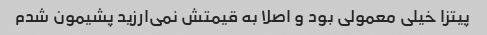
پیتزا خیلی معمولی بود و اصلا به قیمتش نمی‌ارزید پشیمون شدم